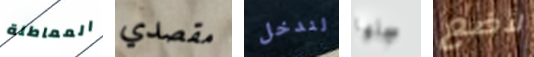
المماطلة مقصدي لندخل سجلها لأضع